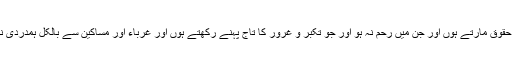
دوسروں کے حقوق مارتے ہوں اور جن میں رحم نہ ہو اور جو تکبر و غرور کا تاج پہنے رکھتے ہوں اور غرباء اور مساکین سے بالکل ہمدردی نہ کرتے ہوں ۔